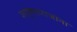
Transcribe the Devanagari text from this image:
शाहूमहाराजांना